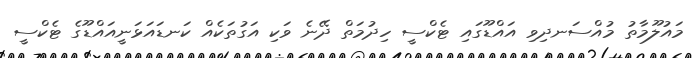
މައުލޫމާތު މުއްސަނދިވި އައްޑޫގައި ޓެކްސީ ހިދުމަތް ދޭނެ ވަކި އަގުތަކެއް ކަނޑައަޅަނީއައްޑޫގެ ޓެކްސީ